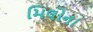
મિલોના